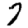
Digit: 7